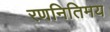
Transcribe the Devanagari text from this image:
रणनितिमय